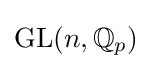
{\text{GL}}(n,\mathbb {Q} _{p})